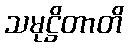
သမုဋ္ဌိတာတိ